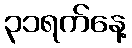
၃၁ရက်နေ့